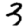
Digit: 3